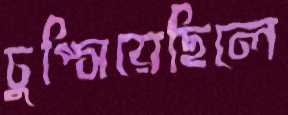
চুপ্‌সিয়েছিলে